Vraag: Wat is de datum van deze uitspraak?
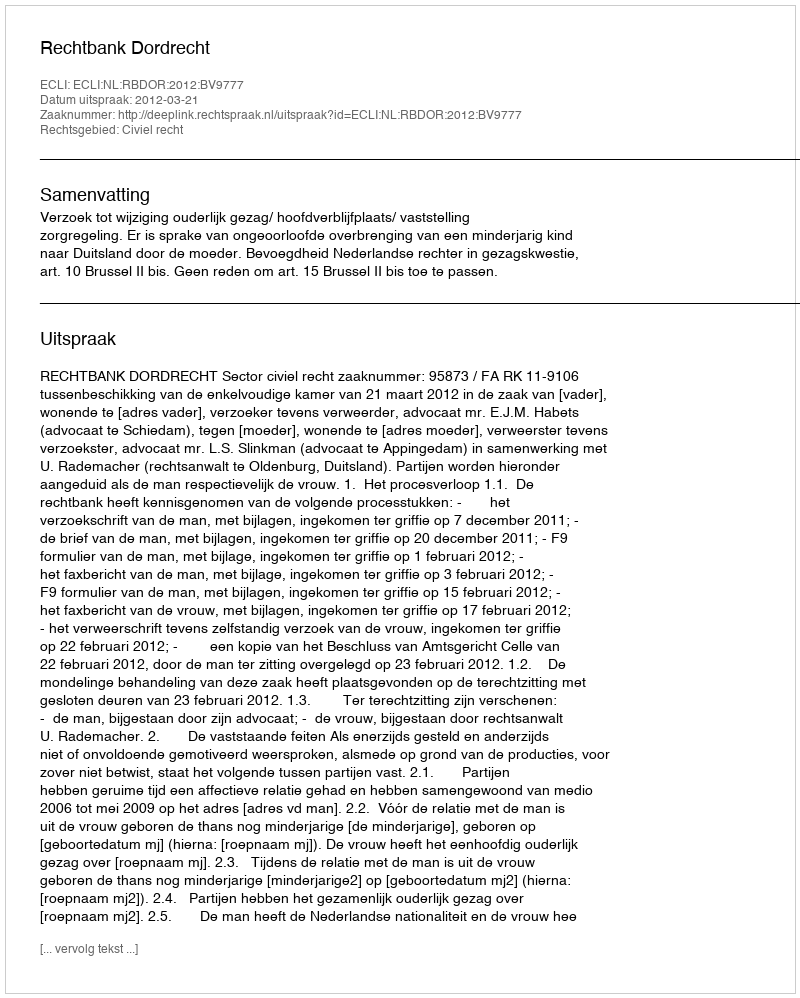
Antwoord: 2012-03-21